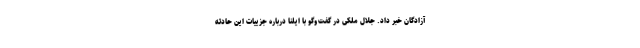
آزادگان خبر داد. جلال ملکی در گفت‌وگو با ایلنا درباره جزییات این حادثه